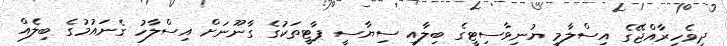
ދިވެހިރާއްޖޭގެ އިސްލާމީ ޔުނިވާސިޓީގެ ބިލާއި ސިޔާސީ ޕާޓީތަކުގެ ގާނޫނަށް އިސްލާހު ގެނައުމުގެ ބިލެއް